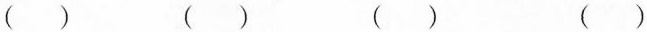
( ) ( ) ( ) ( )